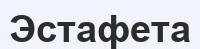
Эстафета